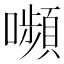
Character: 嚬